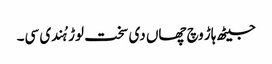
جیٹھ ہاڑ وچ چھاں دی سخت لوڑ ہُندی سی۔